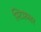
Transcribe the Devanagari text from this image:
स्टिफ़लर